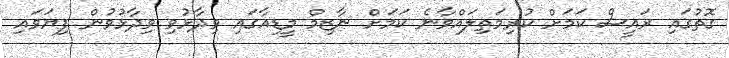
ގޮތުގައި ރައީސް ކަމަށް ކުރިމަތިލައްވާނެ ކަމަށް ނާޒިމް މީޑިއާގައި ވިދާޅުވި ވިދާޅުވުން ފިޔަވައި